Report of the Indian Hemp Drugs Commission, 1894-1895 - Volume IV
Year: 1894
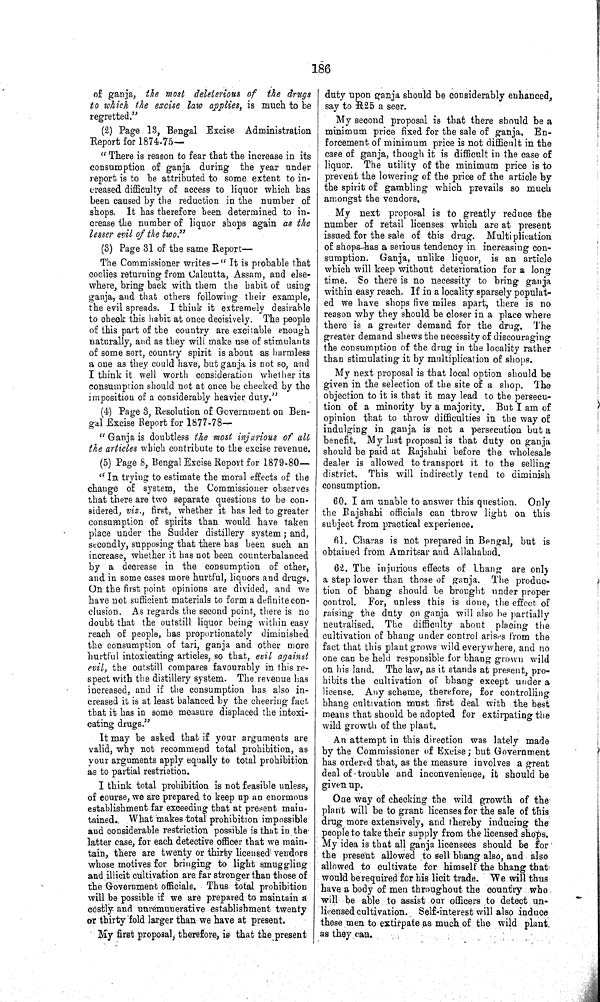
186
of ganja, the most deleterious of the drugs
to which the excise law applies, is much to be
regretted."
(2) Page 13, Bengal Excise Administration
Report for 1874-75—
"There is reason to fear that the increase in its
consumption of ganja during the year under
report is to be attributed to some extent to in-
creased difficulty of access to liquor which has
been caused by the reduction in the number of
shops. It has therefore been determined to in-
crease the number of liquor shops again as the
lesser evil of the two."
(3) Page 31 of the same Report—
The Commissioner writes—"It is probable that
coolies returning from Calcutta, Assam, and else-
where, bring back with them the habit of using
ganja, and that others following their example,
the evil spreads. I think it extremely desirable
to check this habit at once decisively. The people
of this part of the country are excitable enough
naturally, and as they will make use of stimulants
of some sort, country spirit is about as harmless
a one as they could have, but ganja is not so, and
I think it well worth consideration whether its
consumption should not at once be checked by the
imposition of a considerably heavier duty."
(4) Page 3, Resolution of Government on Ben-
gal Excise Report for 1877-78—
"Ganja is doubtless the most injurious
of all
the articles which contribute to the excise revenue.
(5) Page 8, Bengal Excise Report for 1879-80—
"In trying to estimate the moral effects of the
change of system, the Commissioner observes
that there are two separate questions to be con-
sidered, viz., first, whether it has led to greater
consumption of spirits than would have taken
place under the Sudder distillery system; and,
secondly, supposing that there has been such an
increase, whether it has not been counterbalanced
by a decrease in the consumption of other,
and in some cases more hurtful, liquors and drugs.
On the first point opinions are divided, and we
have not sufficient materials to form a definite con-
clusion. As regards the second point, there is no
doubt that the outstill liquor being within easy
reach of people, has proportionately diminished
the consumption of tari, ganja and other more
hurtful intoxicating articles, so that, evil against
evil, the outstill compares favourably in this re-
spect with the distillery system. The revenue has
increased, and if the consumption has also in-
creased it is at least balanced by the cheering fact
that it has in some measure displaced the intoxi-
cating drugs."
It may be asked that if your arguments are
valid, why not recommend total prohibition, as
your arguments apply equally to total prohibition
as to partial restriction.
I think total prohibition is not feasible unless,
of course, we are prepared to keep up an enormous
establishment far exceeding that at present main-
tained. What makes total prohibition impossible
and considerable restriction possible is that in the
latter case, for each detective officer that we main-
tain, there are twenty or thirty licensed vendors
whose motives for bringing to light smuggling
and illicit cultivation are far stronger than those of
the Government officials. Thus total prohibition
will be possible if we are prepared to maintain a
costly and unremunerative establishment twenty
or thirty fold larger than we have at present.
My first proposal, therefore, is that the present
duty upon ganja should be considerably enhanced,
say to R25 a seer.
My second proposal is that there should be a
minimum price fixed for the sale of ganja. En-
forcement of minimum price is not difficult in the
case of ganja, though it is difficult in the case of
liquor. The utility of the minimum price is to
prevent the lowering of the price of the article by
the spirit of gambling which prevails so much
amongst the vendors.
My next proposal is to greatly reduce the
number of retail licenses which are at present
issued for the sale of this drug.
Multiplication
of shops has a serious tendency in increasing con-
sumption. Ganja, unlike liquor, is an article
which will keep without deterioration for a long
time. So there is no necessity to bring ganja
within easy reach. If in a locality sparsely populat-
ed we have shops five miles apart, there is no
reason why they should be closer in a place where
there is a greater demand for the drug. The
greater demand shews the necessity of discouraging
the consumption of the drug in the locality rather
than stimulating it by multiplication of shops.
My next proposal is that local option should be
given in the selection of the site of a shop. The
objection to it is that it may lead to the persecu-
tion of a minority by a majority. But I am of
opinion that to throw difficulties in the way of
indulging in ganja is not a persecution but a
benefit. My last proposal is that duty on ganja
should be paid at Rajshahi before the wholesale
dealer is allowed to transport it to the selling
district. This will indirectly tend to diminish
consumption.
60. I am unable to answer this question. Only
the Rajshahi officials can throw light on this
subject from practical experience.
61. Charas is not prepared in Bengal, but is
obtained from Amritsar and Allahabad.
62. The injurious effects of bhang are only
a step lower than those of ganja. The produc-
tion of bhang should be brought under proper
control. For, unless this is done, the effect of
raising the duty on ganja will also be partially
neutralised. The difficulty about placing the
cultivation of bhang under control arises from the
fact that this plant grows wild everywhere, and no
one can be held responsible for bhang grown wild
on his land. The law, as it stands at present, pro-
hibits the cultivation of bhang except under a
license. Any scheme, therefore, for controlling
bhang cultivation must first deal with the best
means that should be adopted for extirpating the
wild growth of the plant.
An attempt in this direction was lately made
by the Commissioner of Excise; but Government
has ordered that, as the measure involves a great
deal of trouble and inconvenience, it should be
given up.
One way of checking the wild growth of the
plant will be to grant licenses for the sale of this
drug more extensively, and thereby inducing the
people to take their supply from the licensed shops.
My idea is that all ganja licensees should be for
the present allowed to sell bhang also, and also
allowed to cultivate for himself the bhang that
would be required for his licit trade. We will thus
have a body of men throughout the country who
will be able to assist our officers to detect un-
licensed cultivation. Self-interest will also induce
these men to extirpate as much of the wild plant
as they can.